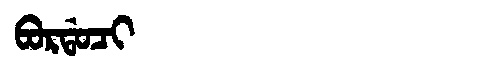
Manchu: ᠪᠣᡵᡩᠣᠴᡳ
Romanization: BORDOCI